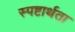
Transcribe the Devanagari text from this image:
स्पष्टार्थता